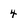
Character: 4